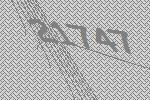
21747